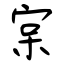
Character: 宲